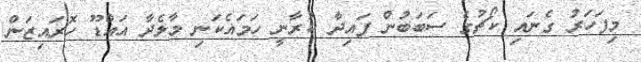
މިފަހަރު ގެނައި ކޯޗުގެ ސަބަބުން ފައިދާ ކުރާނީ ހަމައެކަނި މާލެދާ އައްޑޫ ހޮރައިޒަން